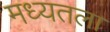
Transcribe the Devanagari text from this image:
मध्यतला